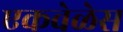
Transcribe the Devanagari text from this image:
एकवेळेस